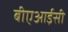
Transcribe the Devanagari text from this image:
बीएआईसी